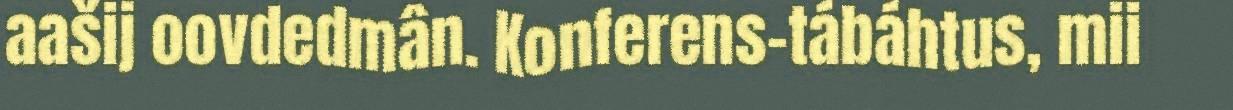
aašij oovdedmân. Konferens-tábáhtus, mii